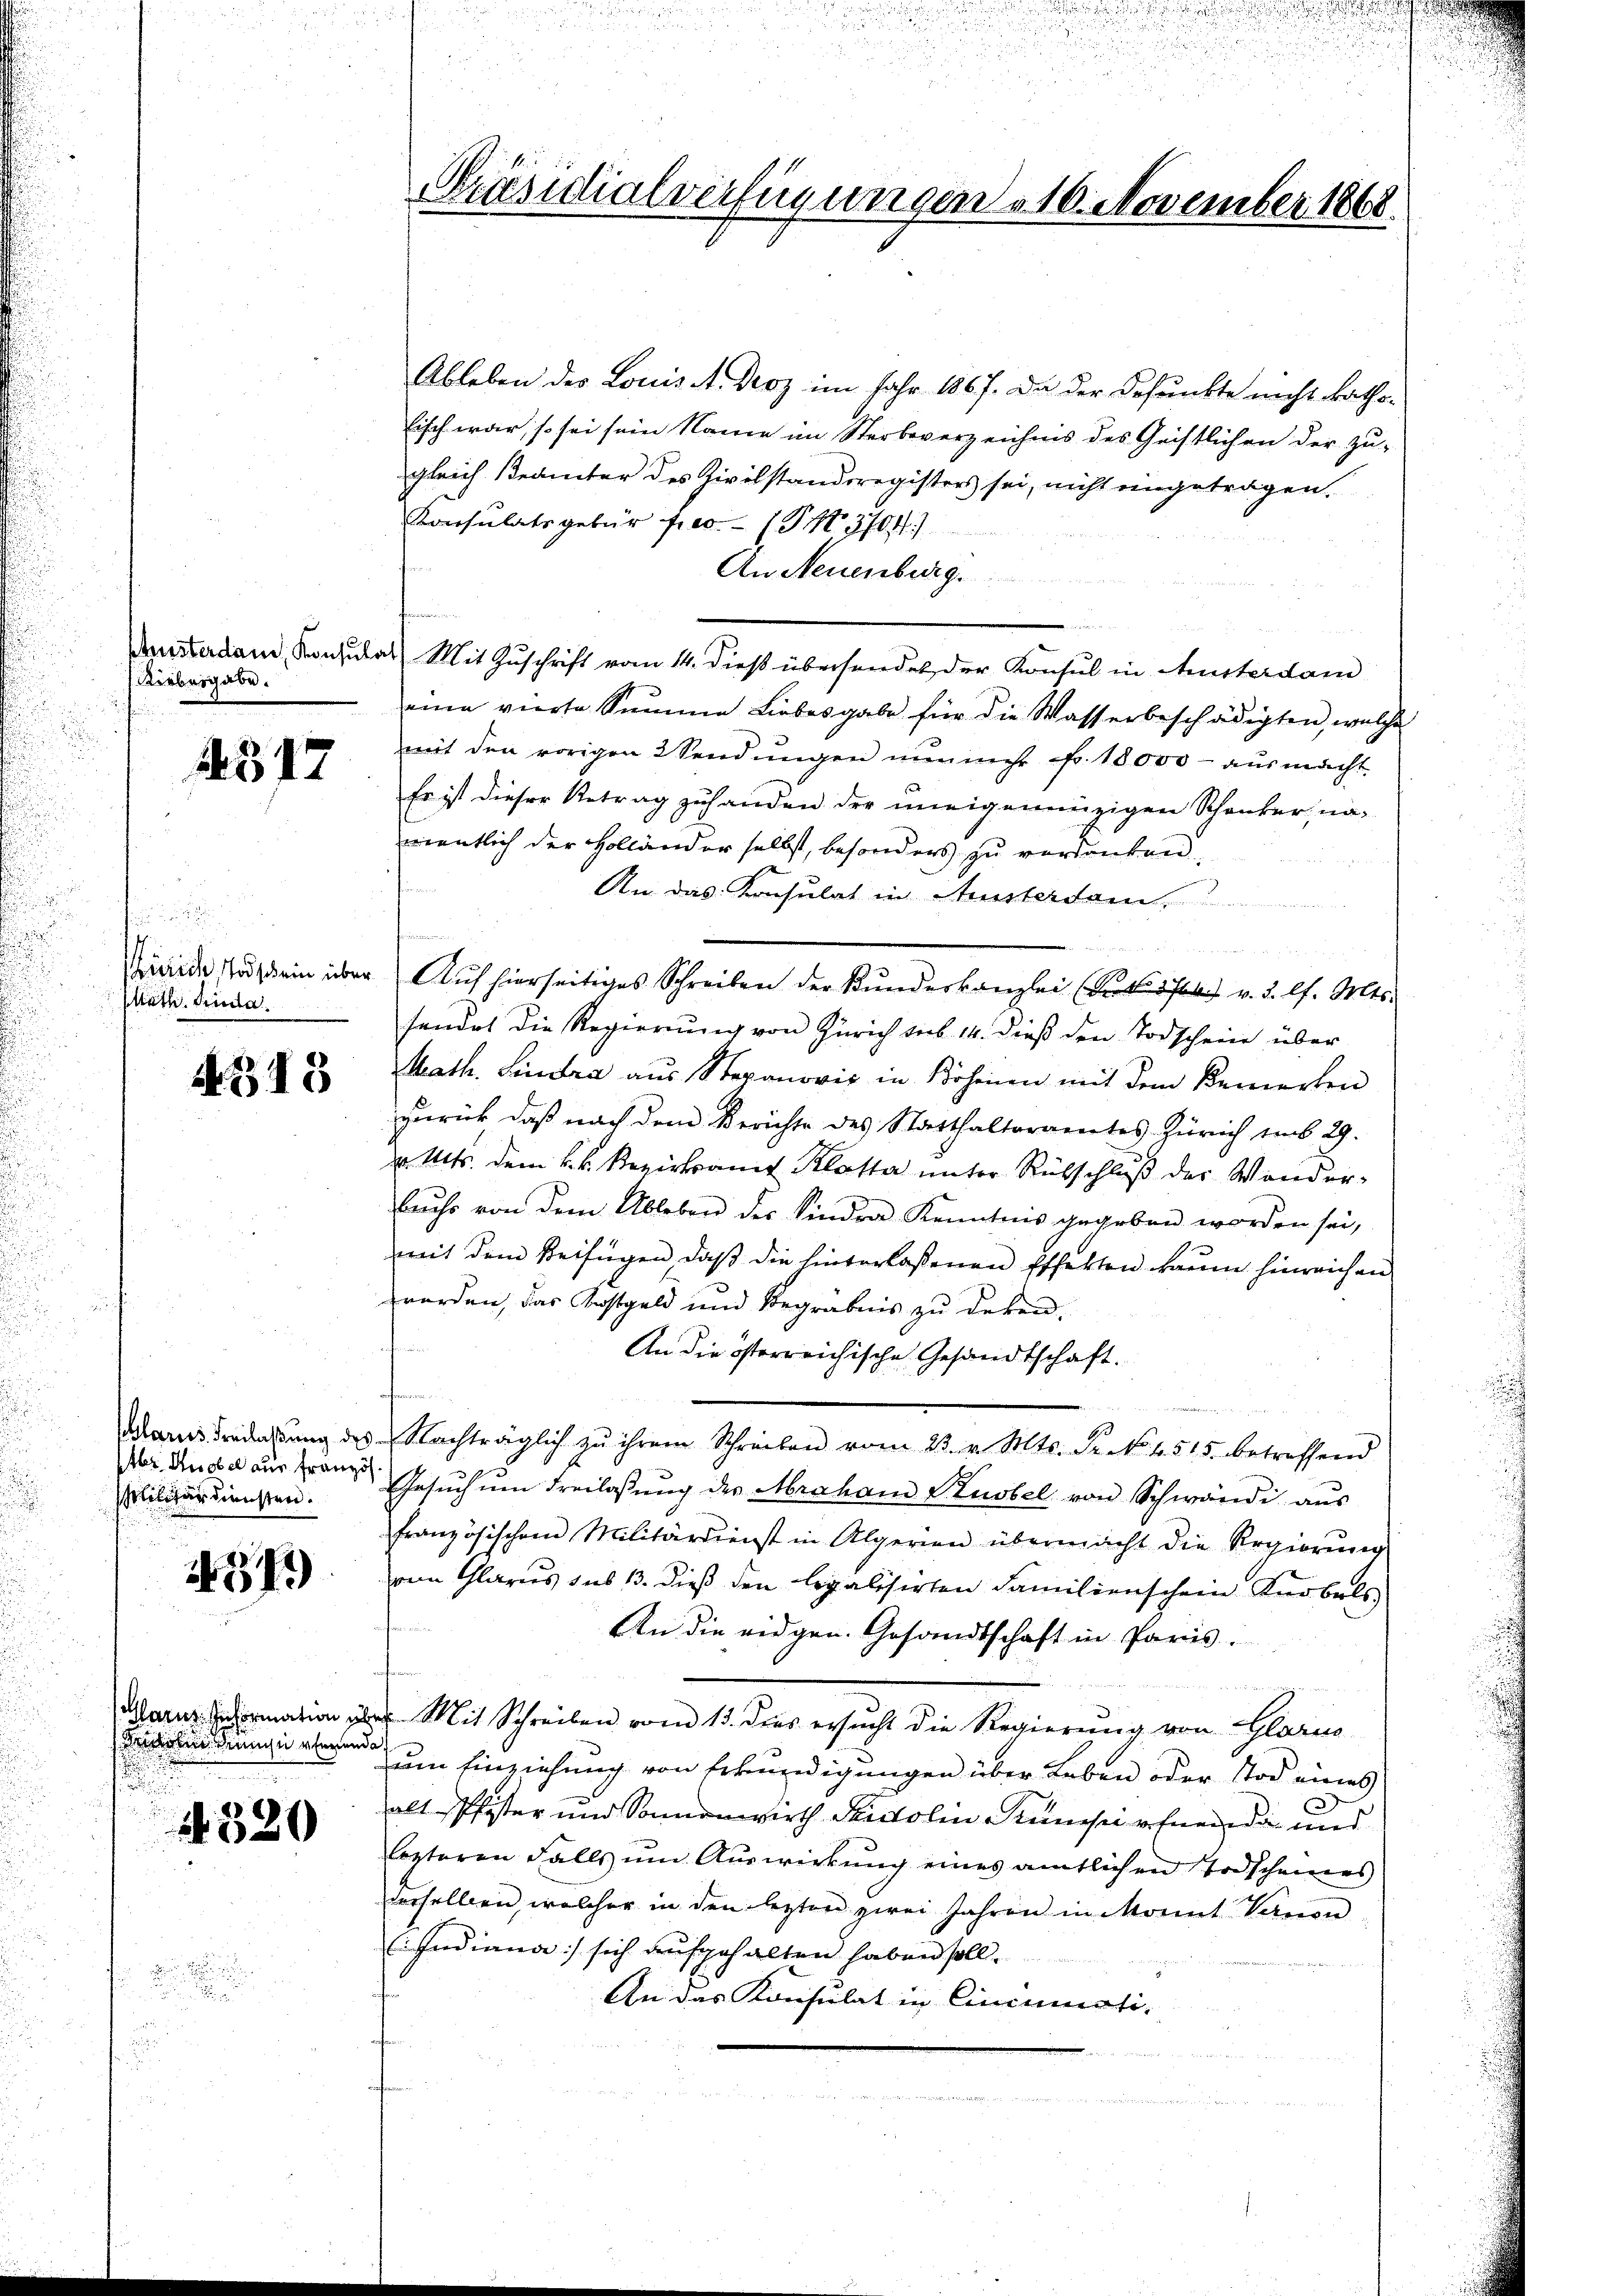
shusterdam, Konsulat
Riebergabe.

G17

Math. Sinda

4313

(Glarus, Freilassung des
br. Knobel aus Französ
tilitärdiensten.

437)

Glarus Information ih
duirend denn ebenen

4320

.

.
.

Präsidialverfügungen 10. November 1868.

Ableben des Louis A. Droz im Jahr 1867. Da der Befunkte nicht kathotisch war, so sei sein Name im Sterbeverzeichnis des Gristlichen der zu-
gleich Brämter des Zivilstandsregisters sei, nicht eingetragen.
Konsulatsgebür fres. (S. 3704)
An Neuenburg.
Mit Zuschrift vom 14. dieß übersendet der Konsul in Austerdam
eine vierte Summe Liebesgabe für die Wasserbeschädigten, welche
mit den vorigen 2 Sendŭngen nŭnmehr Fr. 18000 - ausmacht
Es ist dieser Retrag zuhanden der uneigenanzigen Schanker, namentlich der Holländer selbst, besonders zu verdanken,
An das Konsulat in Aussterdam,

Wiede so ein über Auf hierseitiges Schreiben der Kundeskanzlei (Nr. 5 f v. 3. l. Mts.
handet die Regierung von Zürich lieb. 14. dieß den Todscheine über
Math. Lindra aus Stevanovic in Bohnen mit dem Kennerten
zurück, daß nach dem Berichte des Statthalteramtes Zürich am 29.
v. Mts. dem k.k. Bezirksamt Klatta unter Rückschluß der Wander-
buchs von dem Ableben der Sindra Kenntnis gegeben worden sei,
mit dem Beifügen, daß die hinterlassenen Effekten kaum hinreichen
worden, das Kostgeld und Begräbnis zu deken.
An die österreichische Gesandtschaft.
e
Nachträglich zu ihrem Schreiben vom 23. v. Mts. Fr. No. 4545 betreffend
Gesŭch ŭm Freilassŭng des Abraham Kustel von Schwandi aŭs
französischen Militärdienst in Algerien übermacht die Regierŭng
vom Glarus sus 13. dieß den legalisirten Familienschein Kerbels,
An die eidgen. Gesandtschaft in Paris.
 Mit Schreiben vom 13. das ersucht die Regierung von Glarus
um Einziehung von Erkundigungen über Leben oder Tod eines
alt Pfister und Sonnenwirth Radolin Runserfnende und
lezteren Falls um Auswirkung eines amtlichen Todscheines
derselben, welcher in den lezten zwei Jahren in Monnt Vanon
Indiana) sich aufgehalten haben soll.
An das Konsulat in Cincumati-
inen vermut

u